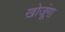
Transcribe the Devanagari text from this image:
खोजूंगा